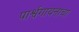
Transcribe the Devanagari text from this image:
पार्श्वगायनाचा